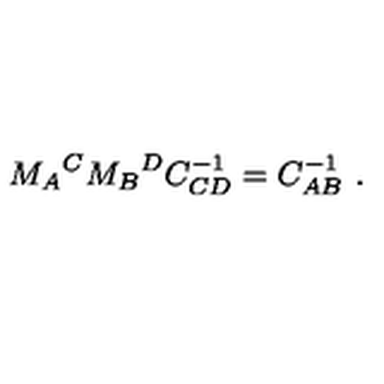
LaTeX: M _ { A } { } ^ { C } M _ { B } { } ^ { D } C _ { C D } ^ { - 1 } = C _ { A B } ^ { - 1 } \ .